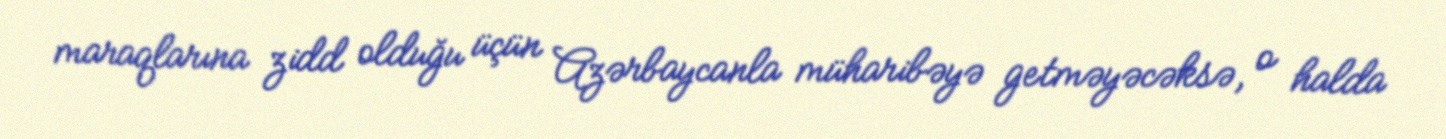
maraqlarına zidd olduğu üçün Azərbaycanla müharibəyə getməyəcəksə, o halda